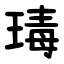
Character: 瑇